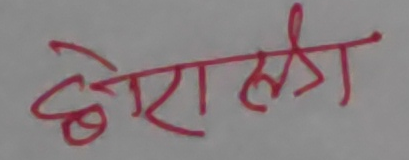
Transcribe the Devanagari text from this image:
छेरालग्री